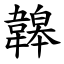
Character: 韟